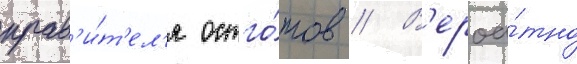
прав'и́т'ел'я остго́тов // В'ероа́тно